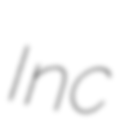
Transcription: Inc